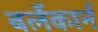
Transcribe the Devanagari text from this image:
बर्लेकार्न